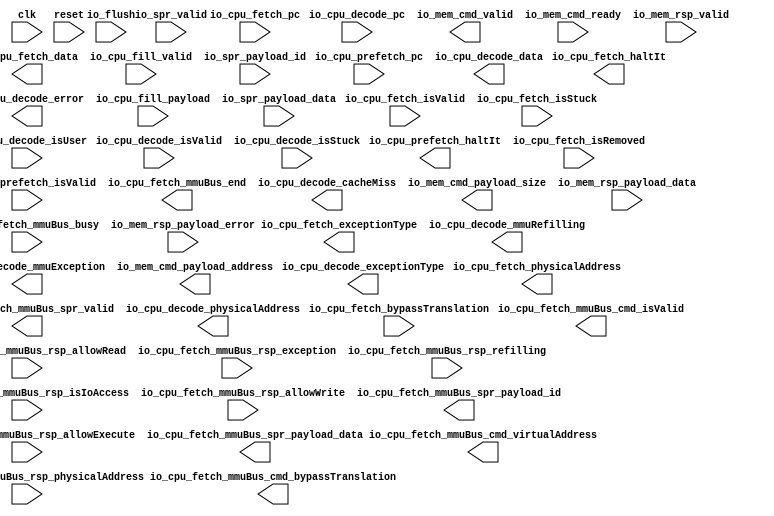
module InstructionCache (
  input               io_flush,
  input               io_cpu_prefetch_isValid,
  output reg          io_cpu_prefetch_haltIt,
  input      [31:0]   io_cpu_prefetch_pc,
  input               io_cpu_fetch_isValid,
  input               io_cpu_fetch_isStuck,
  input               io_cpu_fetch_isRemoved,
  input      [31:0]   io_cpu_fetch_pc,
  output     [31:0]   io_cpu_fetch_data,
  output              io_cpu_fetch_mmuBus_cmd_isValid,
  output     [31:0]   io_cpu_fetch_mmuBus_cmd_virtualAddress,
  output              io_cpu_fetch_mmuBus_cmd_bypassTranslation,
  input      [31:0]   io_cpu_fetch_mmuBus_rsp_physicalAddress,
  input               io_cpu_fetch_mmuBus_rsp_isIoAccess,
  input               io_cpu_fetch_mmuBus_rsp_allowRead,
  input               io_cpu_fetch_mmuBus_rsp_allowWrite,
  input               io_cpu_fetch_mmuBus_rsp_allowExecute,
  input               io_cpu_fetch_mmuBus_rsp_exception,
  input               io_cpu_fetch_mmuBus_rsp_refilling,
  output              io_cpu_fetch_mmuBus_spr_valid,
  output     [9:0]    io_cpu_fetch_mmuBus_spr_payload_id,
  output     [31:0]   io_cpu_fetch_mmuBus_spr_payload_data,
  output              io_cpu_fetch_mmuBus_end,
  input               io_cpu_fetch_mmuBus_busy,
  output     [31:0]   io_cpu_fetch_physicalAddress,
  output     [3:0]    io_cpu_fetch_exceptionType,
  input               io_cpu_fetch_bypassTranslation,
  output              io_cpu_fetch_haltIt,
  input               io_cpu_decode_isValid,
  input               io_cpu_decode_isStuck,
  input      [31:0]   io_cpu_decode_pc,
  output     [31:0]   io_cpu_decode_physicalAddress,
  output     [31:0]   io_cpu_decode_data,
  output              io_cpu_decode_cacheMiss,
  output              io_cpu_decode_error,
  output              io_cpu_decode_mmuRefilling,
  output              io_cpu_decode_mmuException,
  input               io_cpu_decode_isUser,
  output     [3:0]    io_cpu_decode_exceptionType,
  input               io_cpu_fill_valid,
  input      [31:0]   io_cpu_fill_payload,
  output              io_mem_cmd_valid,
  input               io_mem_cmd_ready,
  output     [31:0]   io_mem_cmd_payload_address,
  output     [2:0]    io_mem_cmd_payload_size,
  input               io_mem_rsp_valid,
  input      [31:0]   io_mem_rsp_payload_data,
  input               io_mem_rsp_payload_error,
  input               io_spr_valid,
  input      [9:0]    io_spr_payload_id,
  input      [31:0]   io_spr_payload_data,
  input               clk,
  input               reset
);

endmodule